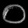
Digit: ၀